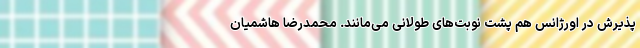
پذیرش در اورژانس هم پشت نوبت‌های طولانی می‌مانند. محمدرضا هاشمیان